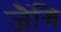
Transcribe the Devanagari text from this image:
जैंगि